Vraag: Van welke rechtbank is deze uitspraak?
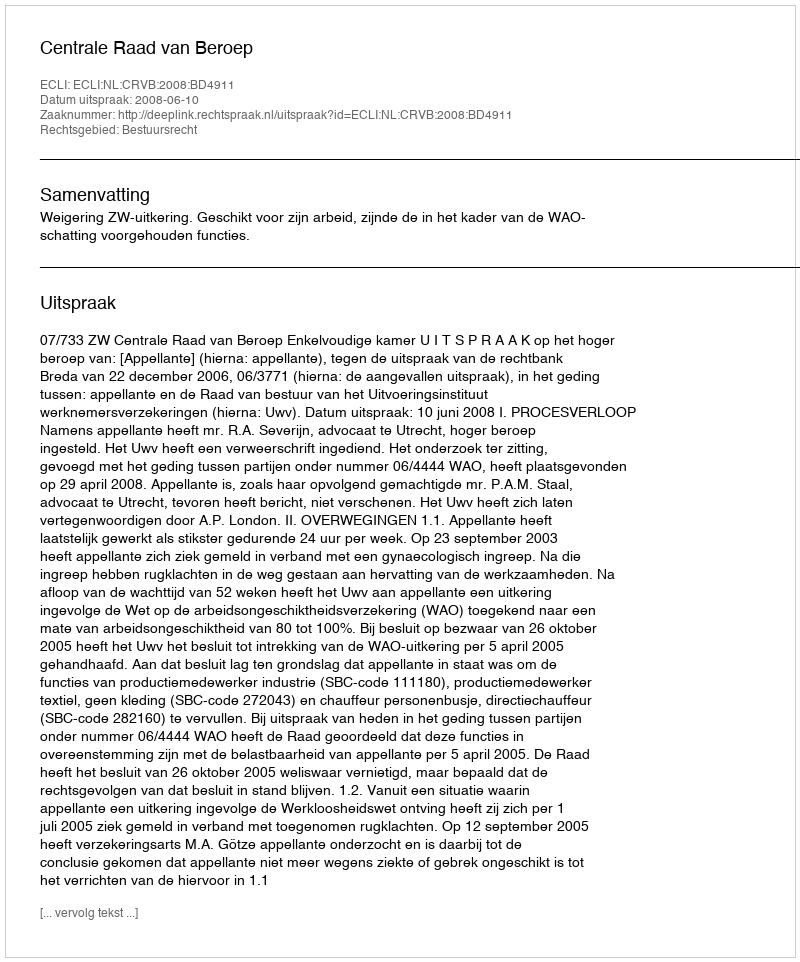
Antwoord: Centrale Raad van Beroep